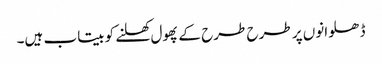
ڈھلوانوں پر طرح طرح کے پھول کھلنے کو بیتاب ہیں۔